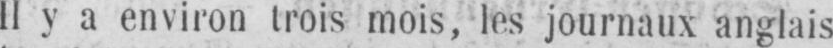
Il y a environ trois mois, les journaux anglais